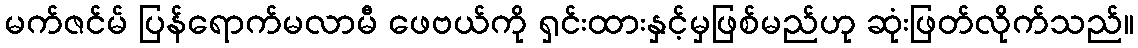
မက်ဇင်မ် ပြန်ရောက်မလာမီ ဖေဗယ်ကို ရှင်းထားနှင့်မှဖြစ်မည်ဟု ဆုံးဖြတ်လိုက်သည်။